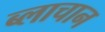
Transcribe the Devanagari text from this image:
ब्लाचान